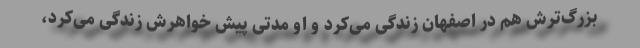
بزرگ‌ترش هم در اصفهان زندگی می‌کرد و او مدتی پیش خواهرش زندگی می‌کرد،